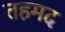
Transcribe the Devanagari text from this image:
तहमद